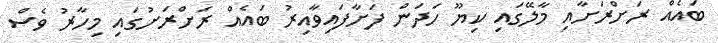
ބައެއް ރަށްރަށާއި މާލޭގައި ކިޔޫ ހަދަން ފަށާފައިވާއިރު ބައެއް ރަށްރަށުގައި މިހާރު ވެސް